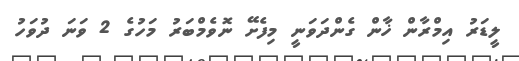
ލީޑަރު އިމްރާން ޚާން ގެންދަވަނީ މިފެށޭ ނޮވެމްބަރު މަހުގެ 2 ވަނަ ދުވަހު